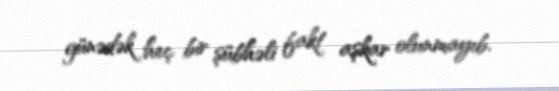
günədək heç bir şübhəli fakt aşkar olunmayıb.